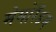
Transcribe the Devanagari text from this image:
मेमोरँडम